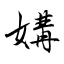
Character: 媾